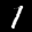
Label: 1